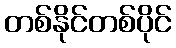
တစ်နိုင်တစ်ပိုင်